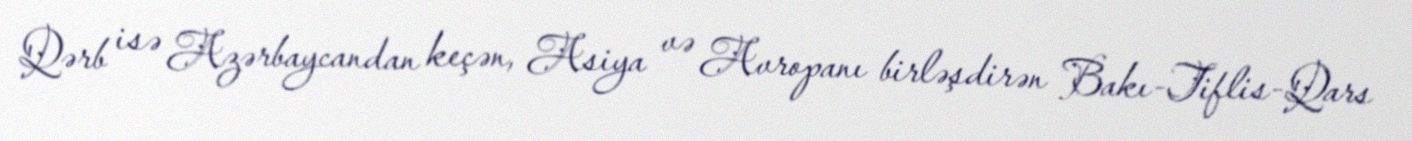
Qərb isə Azərbaycandan keçən, Asiya və Avropanı birləşdirən Bakı-Tiflis-Qars